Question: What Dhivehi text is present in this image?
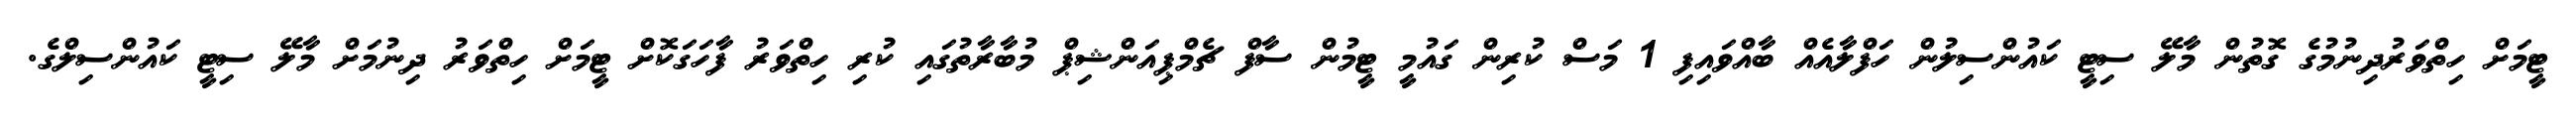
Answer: ޓީމަށް ހިތްވަރުދިނުމުގެ ގޮތުން މާލޭ ސިޓީ ކައުންސިލުން ހަފްލާއެއް ބާއްވައިފި 1 މަސް ކުރިން ގައުމީ ޓީމުން ސާފް ޗެމްޕިއަންޝިޕް މުބާރާތުގައި ކުރި ހިތްވަރު ފާހަގަކޮށް ޓީމަށް ހިތްވަރު ދިނުމަށް މާލޭ ސިޓީ ކައުންސިލްގެ.